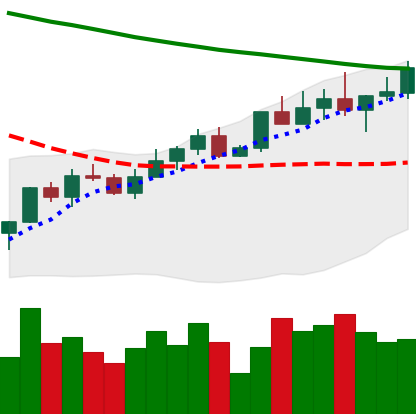
Ticker: LINK-USD
Chart end date: 2022-04-03
Forward return: -16.354%
Label: down_7plus